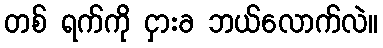
တစ် ရက်ကို ငှားခ ဘယ်လောက်လဲ။